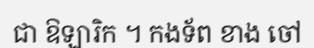
ជា ឱឡារិក ។ កងទ័ព ខាង ចៅ